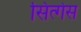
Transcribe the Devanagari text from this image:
सित्गेस